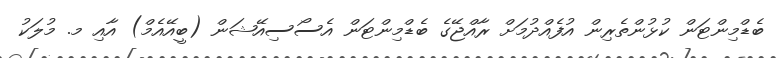
ބެޑްމިންޓަން ކުޅުންތެރިން އުފެއްދުމަށް ރާއްޖޭގެ ބެޑްމިންޓަން އެސޯސިއޭޝަން (ބީއޭއެމް) އާއި މ. މުލަކު